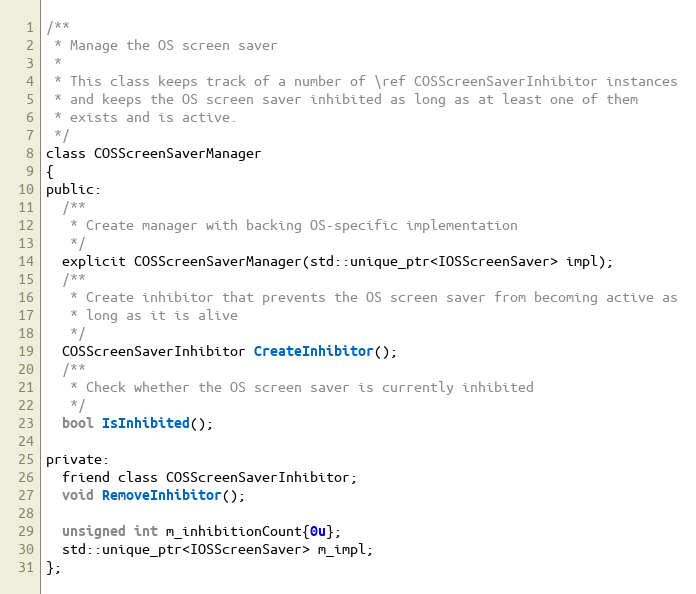
Language: C
/**
 * Manage the OS screen saver
 *
 * This class keeps track of a number of \ref COSScreenSaverInhibitor instances
 * and keeps the OS screen saver inhibited as long as at least one of them
 * exists and is active.
 */
class COSScreenSaverManager
{
public:
  /**
   * Create manager with backing OS-specific implementation
   */
  explicit COSScreenSaverManager(std::unique_ptr<IOSScreenSaver> impl);
  /**
   * Create inhibitor that prevents the OS screen saver from becoming active as
   * long as it is alive
   */
  COSScreenSaverInhibitor CreateInhibitor();
  /**
   * Check whether the OS screen saver is currently inhibited
   */
  bool IsInhibited();

private:
  friend class COSScreenSaverInhibitor;
  void RemoveInhibitor();

  unsigned int m_inhibitionCount{0u};
  std::unique_ptr<IOSScreenSaver> m_impl;
};